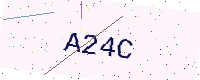
Text: A24C